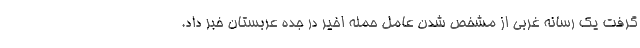
گرفت یک رسانه غربی از مشخص شدن عامل حمله اخیر در جده عربستان خبر داد.